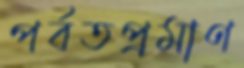
পর্বতপ্রমাণ